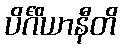
ပိင်္ဂိယာနီတိ